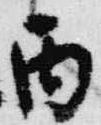
丙